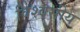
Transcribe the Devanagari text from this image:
विश्वसीय